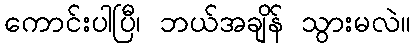
ကောင်းပါပြီ၊ ဘယ်အချိန် သွားမလဲ။